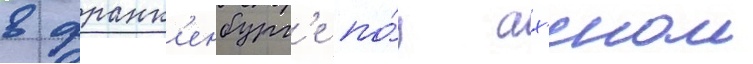
в франк'енбург'е по́д ах'еном